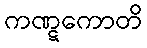
ကဏ္ဋကောတိ